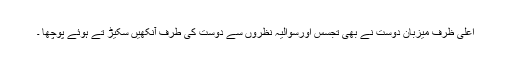
اعلیٰ ظرف میزبان دوست نے بھی تجسس اورسوالیہ نظروں سے دوست کی طرف آنکھیں سکیڑ تے ہوئے پوچھا ۔